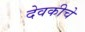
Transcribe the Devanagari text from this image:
देवकीचे